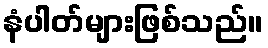
နံပါတ်များဖြစ်သည်။